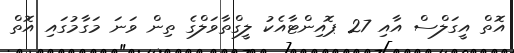
އޮތް އީގަލްސް އާއި 27 ޕޮއިންޓާއެކު ލީގްތާވަލްގެ ތިން ވަނަ މަގާމުގައި އޮތް